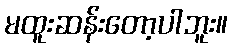
မထူးဆန်းတော့ပါဘူး။